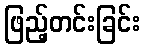
ဖြည့်တင်းခြင်း